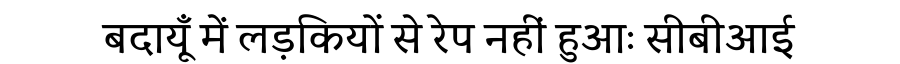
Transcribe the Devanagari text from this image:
बदायूँ में लड़कियों से रेप नहीं हुआः सीबीआई